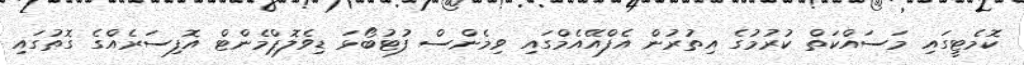
ކޮމެޓީގައި މަސައްކަތް ކުރުމުގެ އިތުރުން އެފްއޭއެމްގައި ވިމެންސް ފުޓުބޯޅަ ޑިވެލޮޕްމެންޓް އޮފިސަރެއްގެ ގޮތުގައި